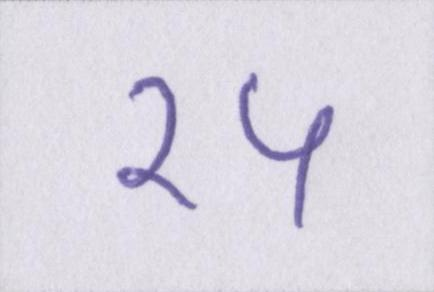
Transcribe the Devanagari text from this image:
१५